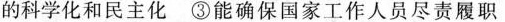
的科学化和民主化③能确保国家工作人员尽责履职